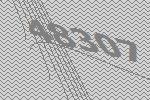
48307